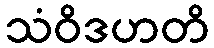
သံဝိဒဟတိ